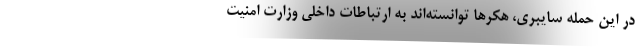
در این حمله سایبری، هکر‌ها توانسته‌اند به ارتباطات داخلی وزارت امنیت